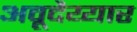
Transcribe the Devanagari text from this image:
अवूदैय्यार